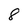
Character: 8